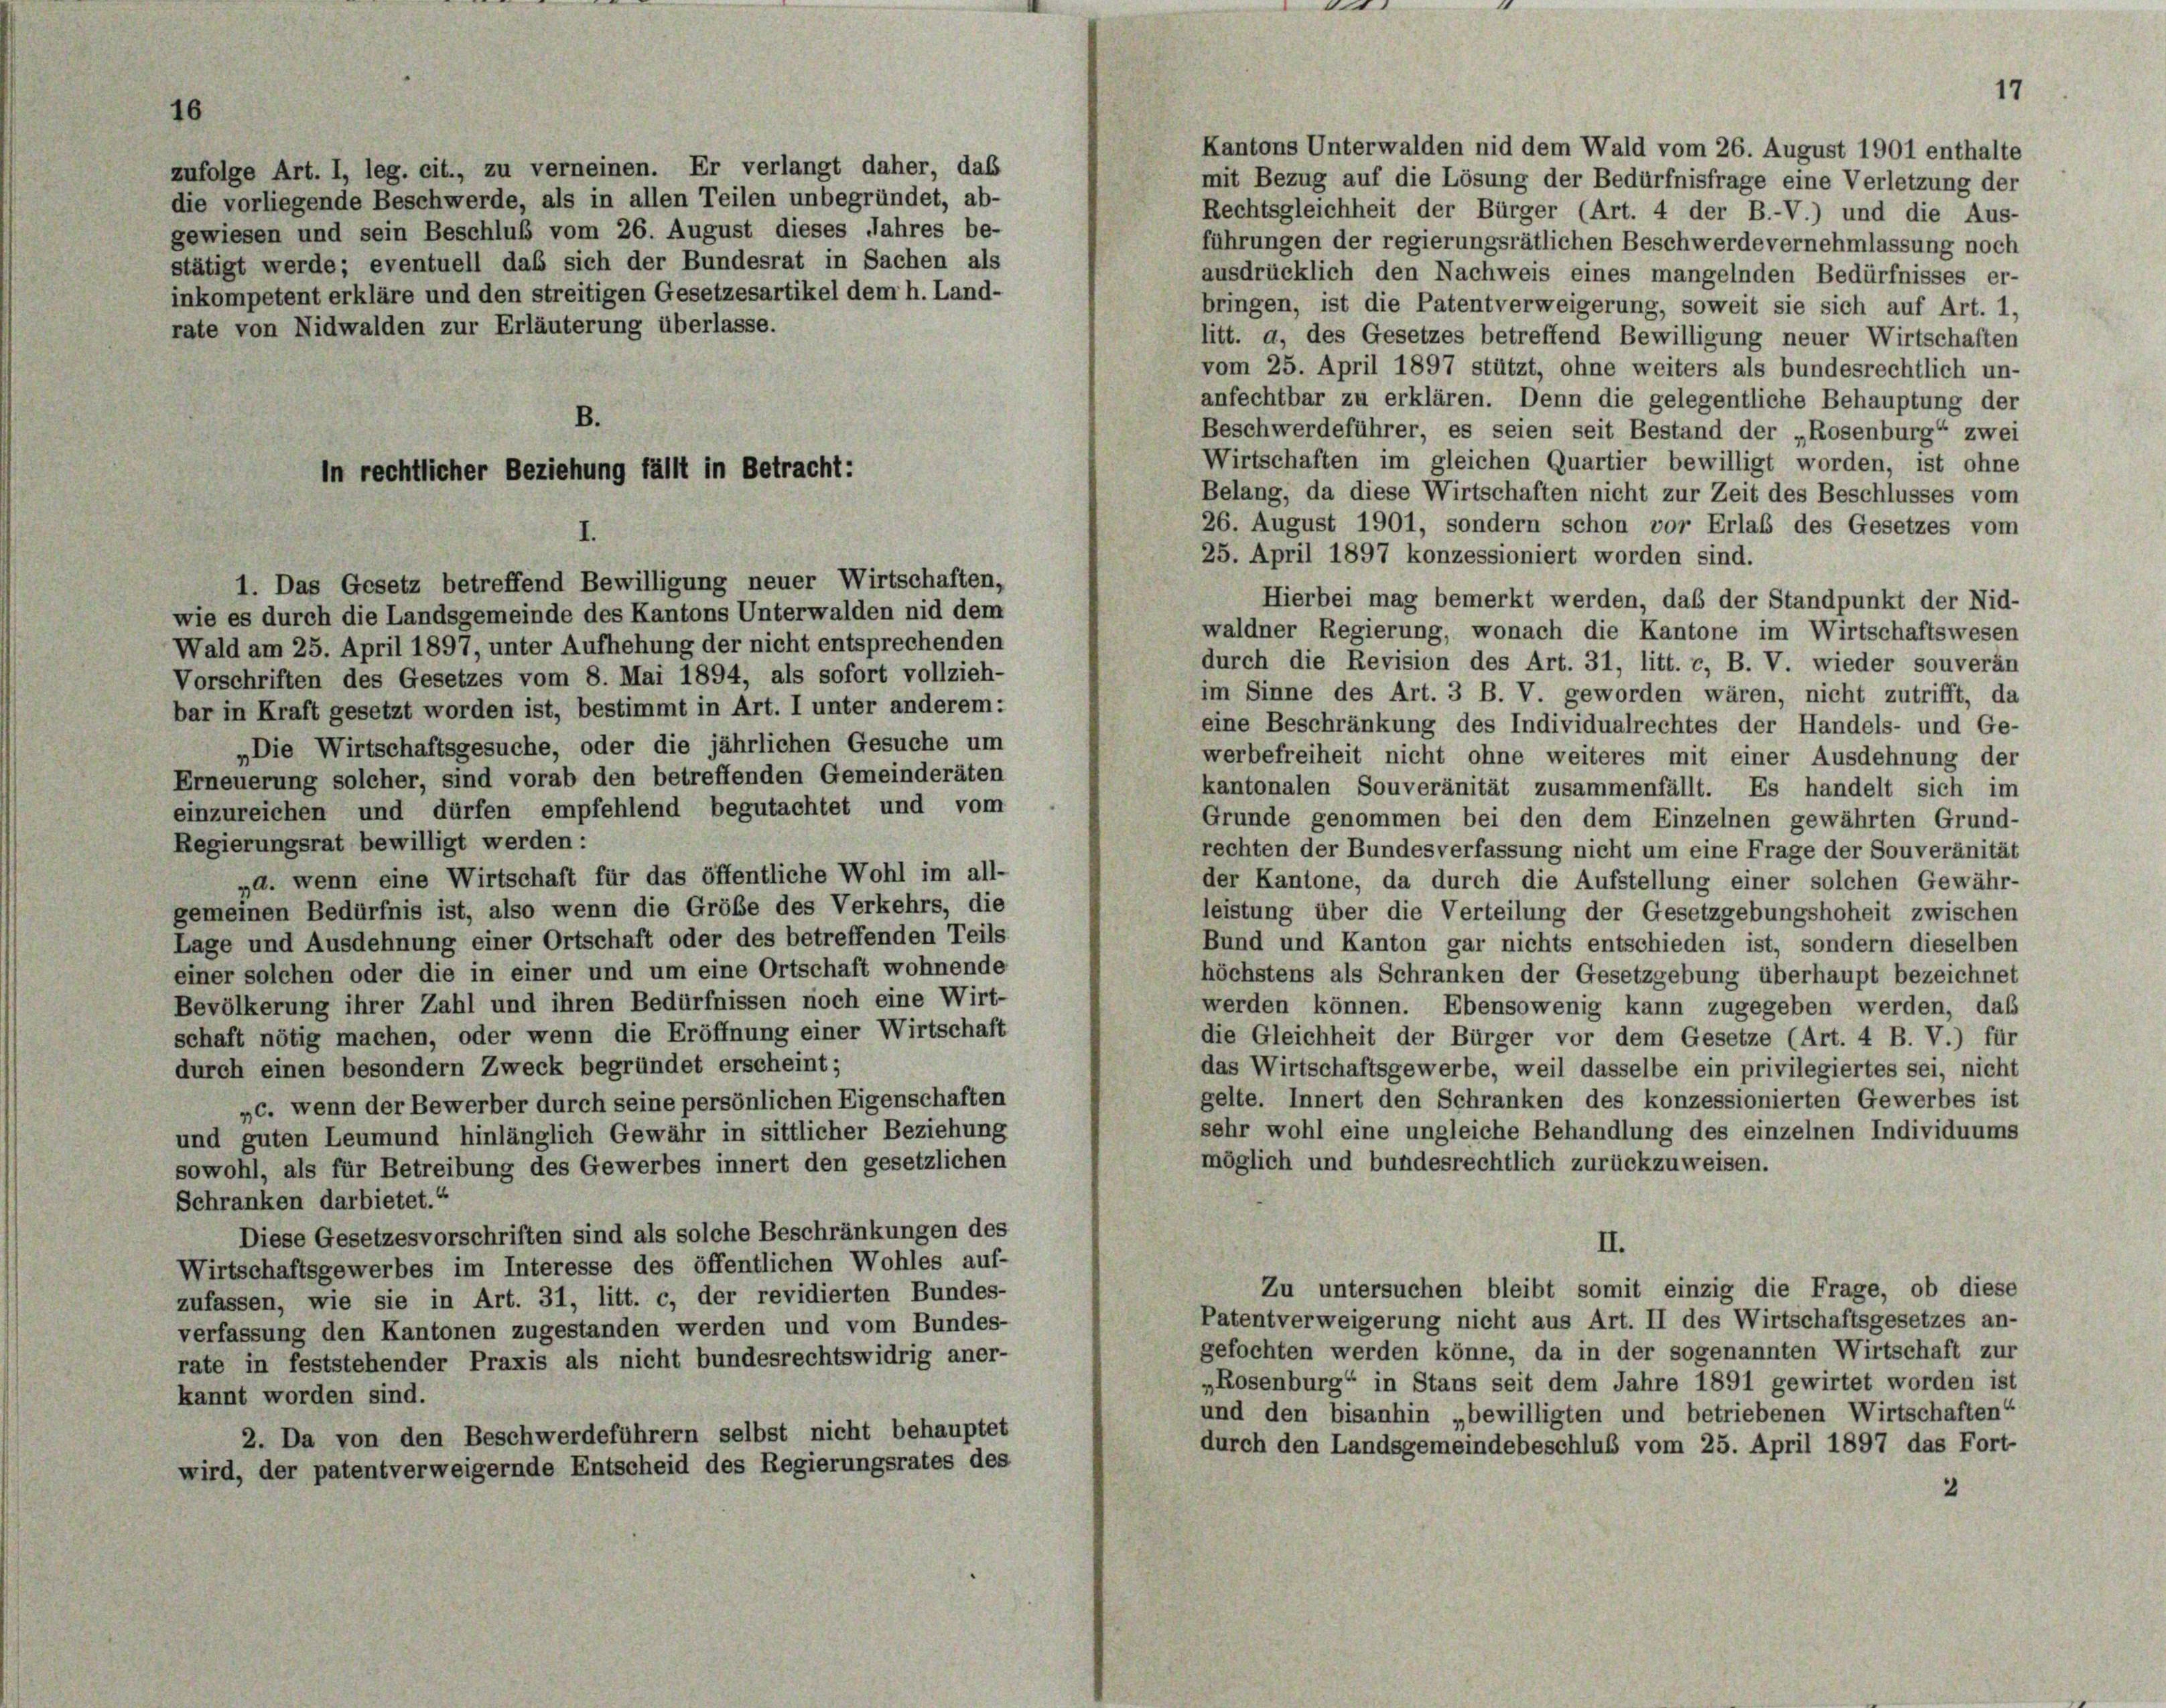
rate von Nidwalden zur Erläuterung überlasse.

mit Bezug auf die Lösung der Bedürfnisfrage eine Verletzung der
Rechtsgleichheit der Bürger (Art. 4 der B.-V.) und die Aus-
führungen der regierungsrätlichen Beschwerde vernehmlassung noch
ausdrücklich den Nachweis eines mangelnden Bedürfnisses er-
bringen, ist die Patentverweigerung, soweit sie sich auf Art. 1.
litt. a, des Gesetzes betreffend Bewilligung neuer Wirtschaften
vom 25. April 1897 stützt, ohne weiters als bundesrechtlich un-
anfechtbar zu erklären. Denn die gelegentliche Behauptung der
B.
Beschwerdeführer, es seien seit Bestand der „Rosenburg“ zwei
Wirtschaften im gleichen Quartier bewilligt worden, ist ohne
Belang, da diese Wirtschaften nicht zur Zeit des Beschlusses vom
26. August 1901, sondern schon vor Erlaß des Gesetzes vom
25. April 1897 konzessioniert worden sind.
wie es durch die Landsgemeinde des Kantons Unterwalden nid dem
waldner Regierung, wonach die Kantone im Wirtschaftswesen
Wald am 25. April 1897, unter Aufhehung der nicht entsprechenden
durch die Revision des Art. 31, litt. c, B. V. wieder souverän
Vorschriften des Gesetzes vom 8. Mai 1894, als sofort vollzieh-
im Sinne des Art. 3 B. V. geworden wären, nicht zutrifft, da
bar in Kraft gesetzt worden ist, bestimmt in Art. I unter anderem :
eine Beschränkung des Individualrechtes der Handels- und Ge-
„Die Wirtschaftsgesuche, oder die jährlichen Gesuche um
werbefreiheit nicht ohne weiteres mit einer Ausdehnung der
Erneuerung solcher, sind vorab den betreffenden Gemeinderäten
kantonalen Souveränität zusammenfällt. Es handelt sich im
einzureichen und dürfen empfehlend begutachtet und vom
Grunde genommen bei den dem Einzelnen gewährten Grund-
Regierungsrat bewilligt werden:
rechten der Bundesverfassung nicht um eine Frage der Souveränität
„a. wenn eine Wirtschaft für das öffentliche Wohl im all-
der Kantone, da durch die Aufstellung einer solchen Gewähr-
gemeinen Bedürfnis ist, also wenn die Größe des Verkehrs, die
leistung über die Verteilung der Gesetzgebungshoheit zwischen
Lage und Ausdehnung einer Ortschaft oder des betreffenden Teils
Bund und Kanton gar nichts entschieden ist, sondern dieselben
einer solchen oder die in einer und um eine Ortschaft wohnende
höchstens als Schranken der Gesetzgebung überhaupt bezeichnet
Bevölkerung ihrer Zahl und ihren Bedürfnissen noch eine Wirt-
werden können. Ebensowenig kann zugegeben werden, daß
schaft nötig machen, oder wenn die Eröffnung einer Wirtschaft
die Gleichheit der Bürger vor dem Gesetze (Art. 4 B. V.) für
durch einen besondern Zweck begründet erscheint;
das Wirtschaftsgewerbe, weil dasselbe ein privilegiertes sei, nicht
gelte. Innert den Schranken des konzessionierten Gewerbes ist
„c. wenn der Bewerber durch seine persönlichen Eigenschaften
sehr wohl eine ungleiche Behandlung des einzelnen Individuums
und guten Leumund hinlänglich Gewähr in sittlicher Beziehung
möglich und bundesrechtlich zurückzuweisen.
sowohl, als für Betreibung des Gewerbes innert den gesetzlichen
Schranken darbietet.“
Diese Gesetzesvorschriften sind als solche Beschränkungen des
II.
Wirtschaftsgewerbes im Interesse des öffentlichen Wohles auf-
Zu untersuchen bleibt somit einzig die Frage, ob diese
zufassen, wie sie in Art. 31, litt. c, der revidierten Bundes-
Patentverweigerung nicht aus Art. II des Wirtschaftsgesetzes an-
verfassung den Kantonen zugestanden werden und vom Bundes-
gefochten werden könne, da in der sogenannten Wirtschaft zur
rate in feststehender Praxis als nicht bundesrechtswidrig aner-
„Rosenburg“ in Stans seit dem Jahre 1891 gewirtet worden ist
kannt worden sind.
und den bisanhin „bewilligten und betriebenen Wirtschaften“
2. Da von den Beschwerdeführern selbst nicht behauptet
durch den Landsgemeindebeschluß vom 25. April 1897 das Fort-
wird, der patentverweigernde Entscheid des Regierungsrates des
2

zufolge Art. 1, leg. cit., zu verneinen. Er verlangt daher, das
die vorliegende Beschwerde, als in allen Teilen unbegründet, ab-
gewiesen und sein Beschluß vom 26. August dieses Jahres be-
stätigt werde; eventuell das sich der Bundesrat in Sachen als
inkompetent erkläre und den streitigen Gesetzesartikel dem h. Land-

1. Das Gesetz betreffend Bewilligung neuer Wirtschaften,

In rechtlicher Beziehung fällt in Betracht:

Hierbei mag bemerkt werden, daß der Standpunkt der Nid-

Kantons Unterwalden nid dem Wald vom 26. August 1901 enthalte